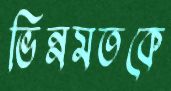
ভিন্নমতকে